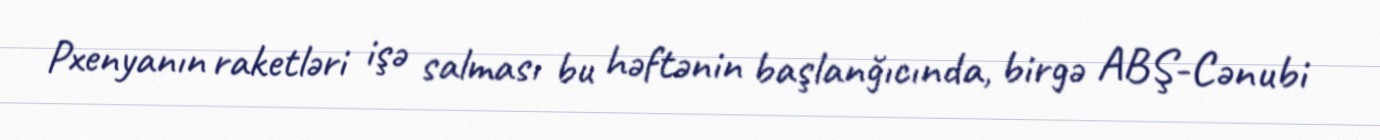
Pxenyanın raketləri işə salması bu həftənin başlanğıcında, birgə ABŞ-Cənubi